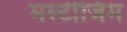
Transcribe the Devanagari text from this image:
मल्टीजिम